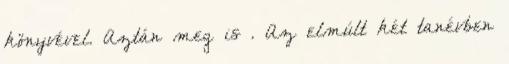
könyvével. Aztán meg is . Az elmúlt két tanévben